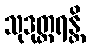
သုဒုတ္တရန္တိ